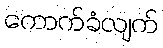
ကောက်ခံလျက်